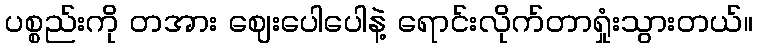
ပစ္စည်းကို တအား ဈေးပေါပေါနဲ့ ရောင်းလိုက်တာရှုံးသွားတယ်။